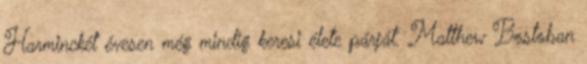
Harminckét évesen még mindig keresi élete párját. Matthew Bostoban